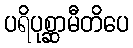
ပရိပုစ္ဆာမီတိပေ